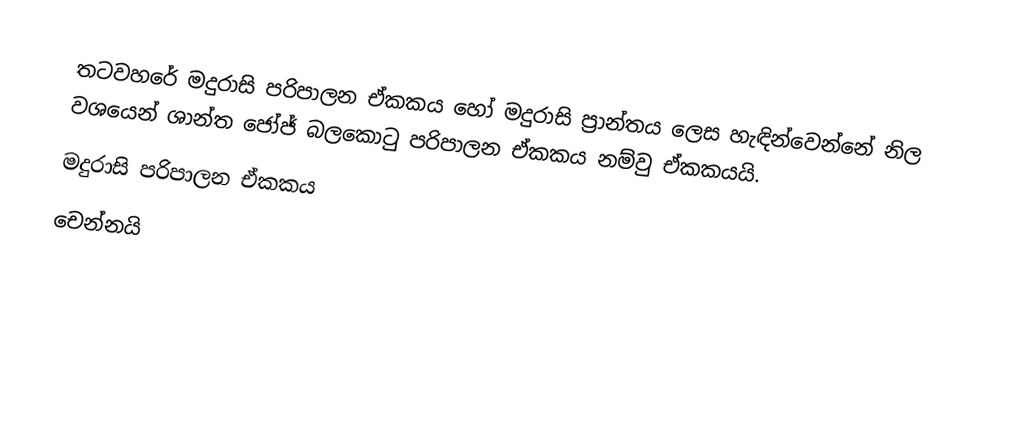
තටවහරේ මදුරාසි පරිපාලන ඒකකය හෝ මදුරාසි ප්‍රාන්තය ලෙස හැඳින්වෙන්නේ නිල වශයෙන් ශාන්ත ජෝජ් බලකොටු පරිපාලන ඒකකය නම්වු ඒකකයයි.
මදුරාසි පරිපාලන ඒකකය
චෙන්නයි